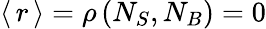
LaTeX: \left<\, r\, \right>=\rho\, (N_{S},N_{B})=0